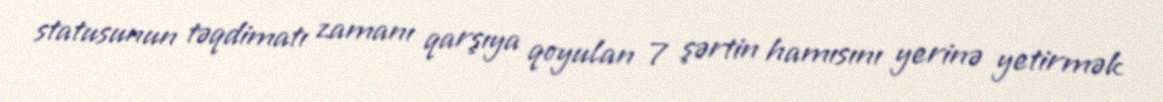
statusunun təqdimatı zamanı qarşıya qoyulan 7 şərtin hamısını yerinə yetirmək